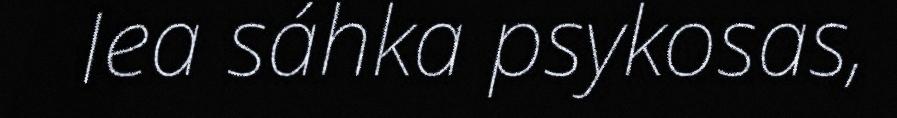
lea sáhka psykosas,